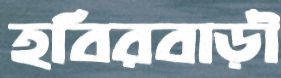
হবিরবাড়ী